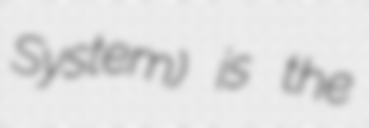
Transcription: System) is the